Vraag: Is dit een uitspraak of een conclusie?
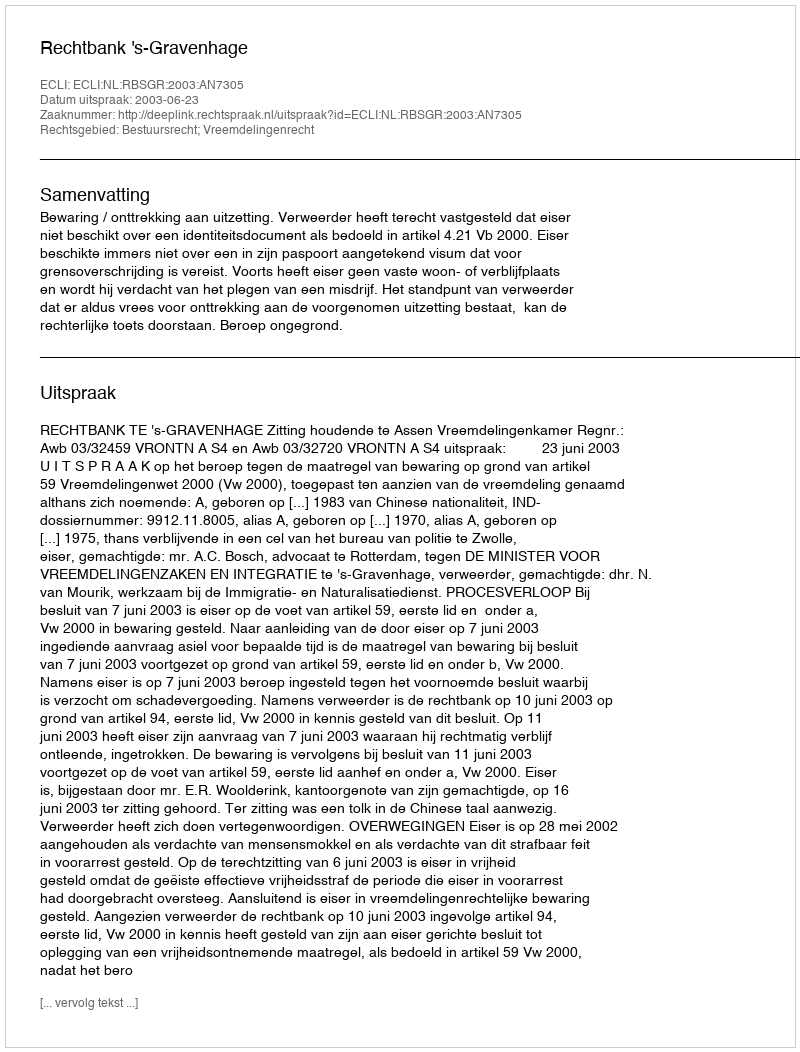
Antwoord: Uitspraak